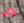
كل